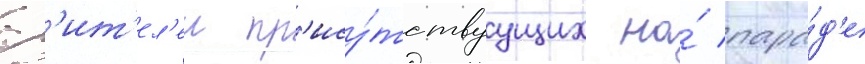
зр'ит'ел'еи пр'ису́тствуущих на́ пара́д'е